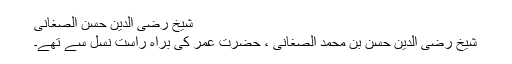
شیخ رضی الدین حسن الصغانی
شیخ رضی الدین حسن بن محمد الصغانی ، حضرت عمر کی براہ راست نسل سے تھے۔